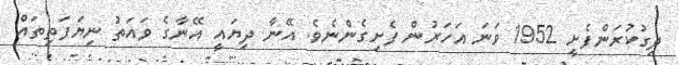
ދިގުކުރަންފެށީ 1952 ވަނަ އަހަރުން ފެށިގެންނެވެ. އޭނާ ދިޔައީ އޭނާގެ ވައަތު ނިޔަފަތިތައް